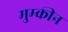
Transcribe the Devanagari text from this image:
मुम्कीन